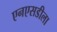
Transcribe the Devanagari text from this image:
एनएसडीला